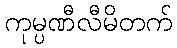
ကုမ္ပဏီလီမိတက်